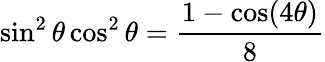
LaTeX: \sin^{2}\theta\cos^{2}\theta={\frac{1-\cos(4\theta)}{8}}